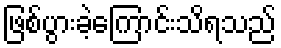
ဖြစ်ပွားခဲ့ကြောင်းသိရသည်